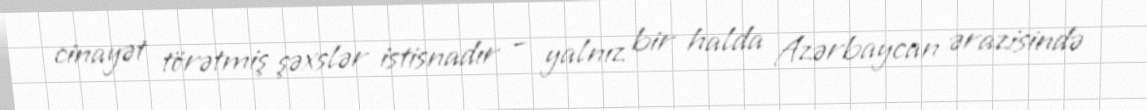
cinayət törətmiş şəxslər istisnadır – yalnız bir halda Azərbaycan ərazisində